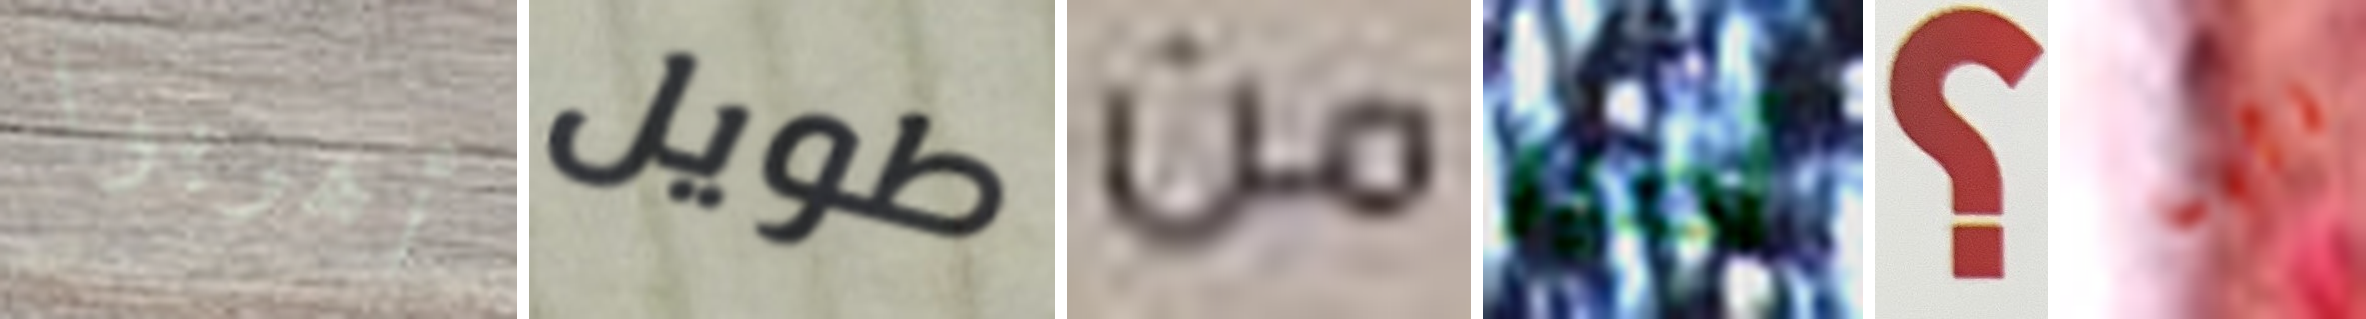
أهربوا طويل من أصير ؟ تأبى